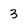
Character: 3